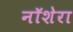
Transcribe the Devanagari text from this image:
नॉशेरा